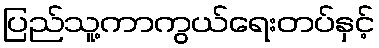
ပြည်သူ့ကာကွယ်ရေးတပ်နှင့်